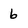
Character: 6